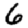
Digit: 6